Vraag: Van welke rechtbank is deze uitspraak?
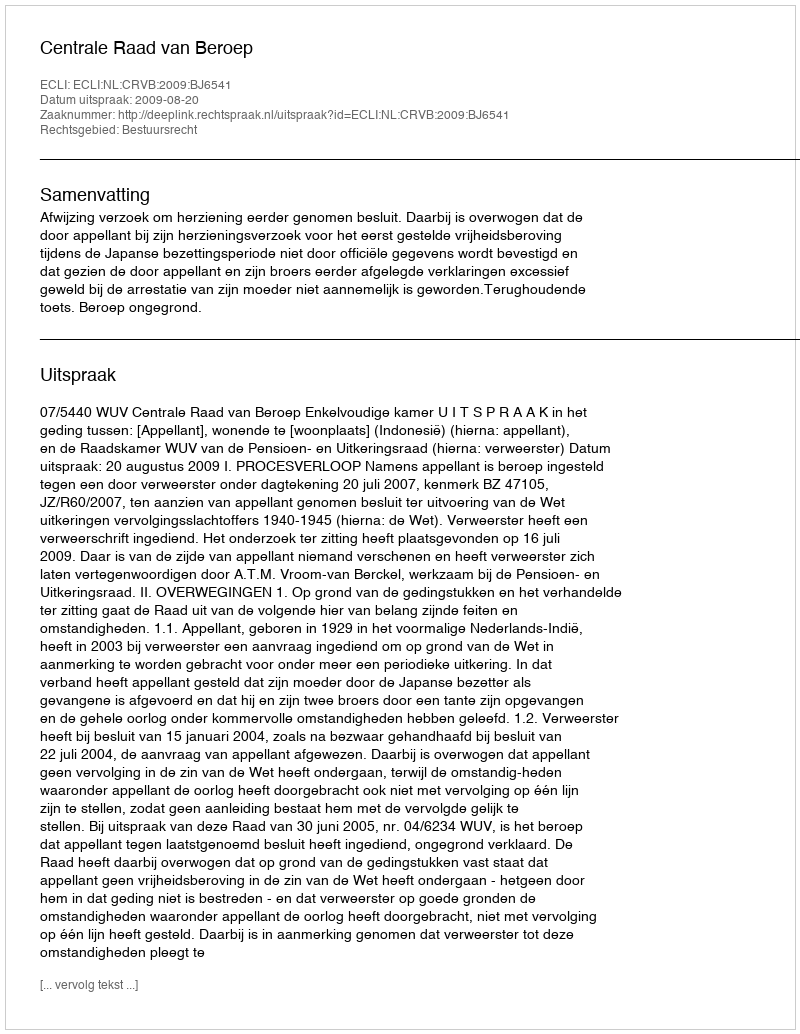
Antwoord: Centrale Raad van Beroep